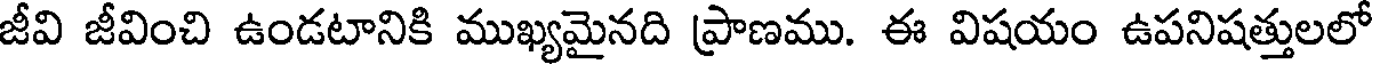
జీవి జీవించి ఉండటానికి ముఖ్యమైనది ప్రాణము. ఈ విషయం ఉపనిషత్తులలో